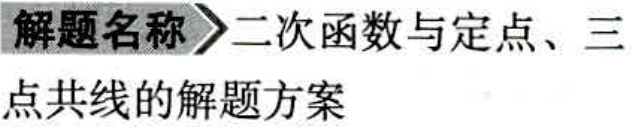
解题名称\(>\)二次函数与定点、三
点共线的解题方案